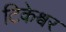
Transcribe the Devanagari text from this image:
टिकेश्वर